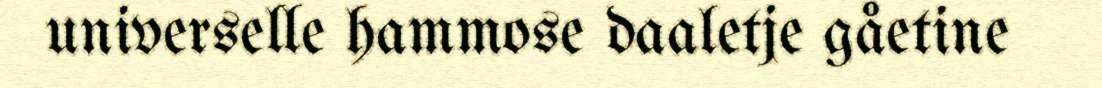
universelle hammose daaletje gåetine